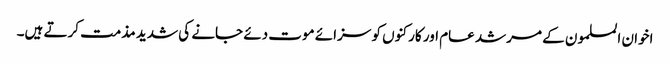
اخوان المسلمون کے مرشد عام اور کارکنوں کو سزائے موت دئے جانے کی شدید مذمت کرتے ہیں۔